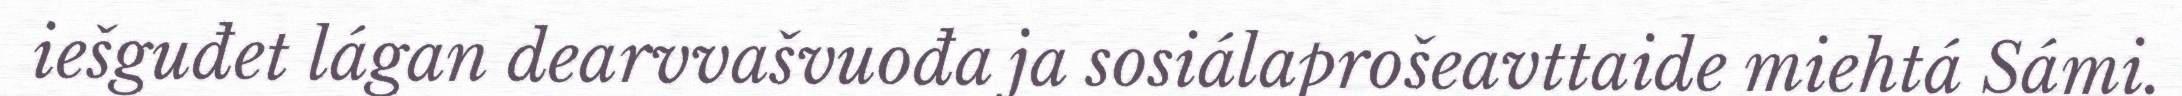
iešguđet lágan dearvvašvuođa ja sosiálaprošeavttaide miehtá Sámi.